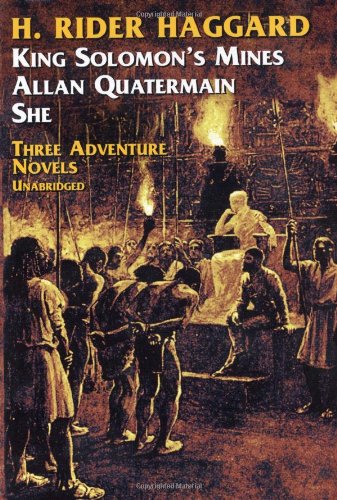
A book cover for Three Adventure Novels:  She, King Solomon's Mines, Allan Quatermain; H. Rider Haggard; Literature & Fiction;